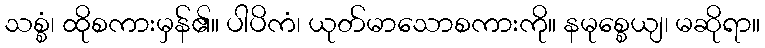
သစ္စံ၊ ထိုစကားမှန်၏။ ပါပိကံ၊ ယုတ်မာသောစကားကို။ နမုစ္စေယျ၊ မဆိုရာ။